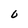
Character: O